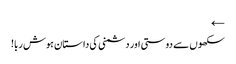
←
سکھوں سے دوستی اور دشمنی کی داستان ہوش ربا!